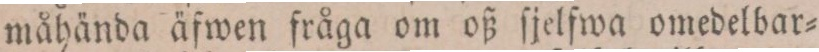
måhända äfwen fråga om oß ſjelfwa omedelbar=